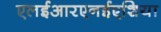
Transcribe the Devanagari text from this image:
एलईआरएनईएशिया